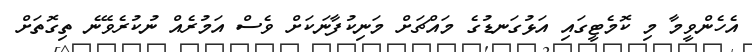
އެހެންވީމާ މި ކޮމެޓީގައި އަޅުގަނޑުގެ މައްޗަށް މަނިކުފާނަކަށް ވެސް އަމުރެއް ނުކުރެވޭނެ ތިގޮތަށް